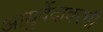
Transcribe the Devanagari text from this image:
आयुर्वेदावरची